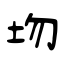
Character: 圽